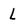
Character: L